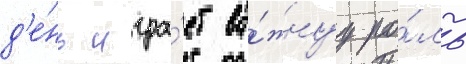
д'е́нь игра́ет ва́жнуу ро́ль